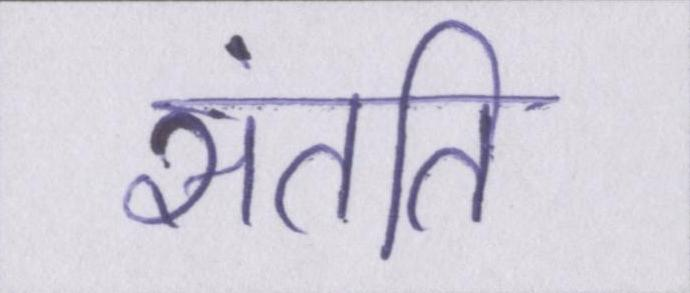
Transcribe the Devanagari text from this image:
संतति